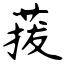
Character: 菝